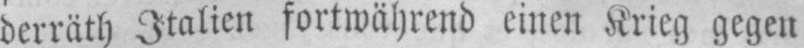
derräth Italien fortwährend einen Krieg gegen